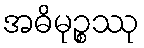
အဓိမုဉ္စဿု